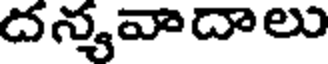
దన్యవాదాలు